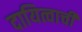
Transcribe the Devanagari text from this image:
दायित्वाची